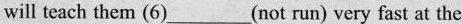
will teach them (6)___(not run) very fast at the